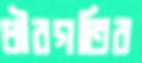
ধীরগতির